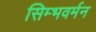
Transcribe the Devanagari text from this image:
सिम्भवर्मन